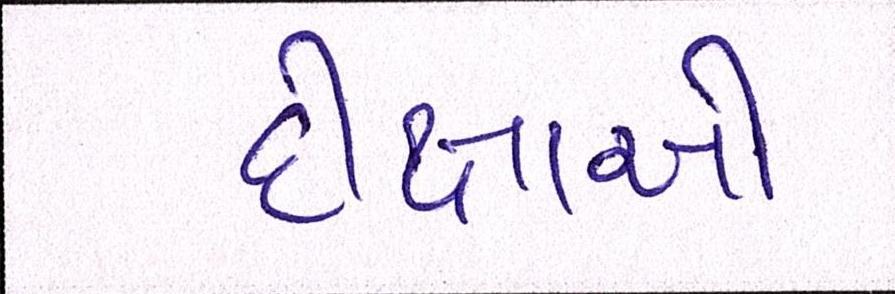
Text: દીક્ષાઓ